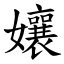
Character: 孃